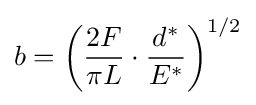
b=\left({\frac {2F}{\pi L}}\cdot {\frac {d^{*}}{E^{*}}}\right)^{1/2}